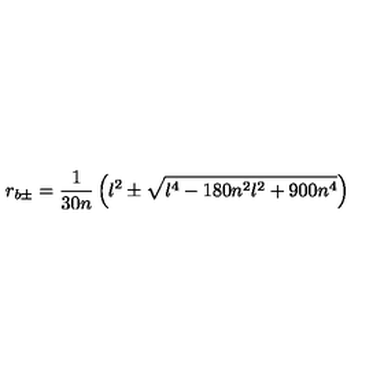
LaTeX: r _ { b \pm } = { \frac { 1 } { 3 0 n } } \left( l ^ { 2 } \pm \sqrt { l ^ { 4 } - 1 8 0 n ^ { 2 } l ^ { 2 } + 9 0 0 n ^ { 4 } } \right)